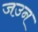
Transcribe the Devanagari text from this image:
जउन